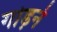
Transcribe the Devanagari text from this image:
गोड़ने